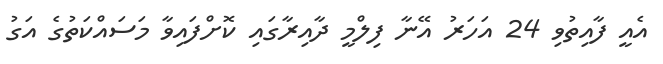
އެއީ ފާއިތުވި 24 އަހަރު އޭނާ ފިލްމީ ދާއިރާގައި ކޮށްފައިވާ މަސައްކަތުގެ އަގު